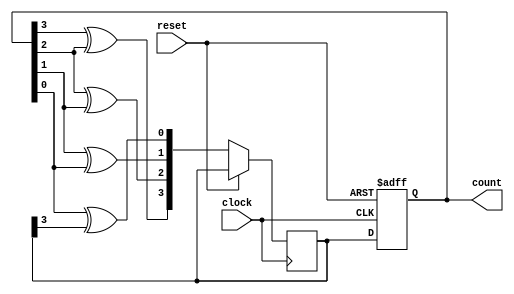
module gray_counter (
    input wire clock,
    input wire reset,
    output reg [3:0] count
);

reg [3:0] next_count;

always @ (posedge clock or posedge reset) begin
    if (reset) begin
        count <= 4'b0000;
    end else begin
        next_count[3] <= count[3] ^ count[2];
        next_count[2] <= count[2] ^ count[1];
        next_count[1] <= count[1] ^ count[0];
        next_count[0] <= count[0] ^ next_count[3];
        
        count <= next_count;
    end
end

endmodule